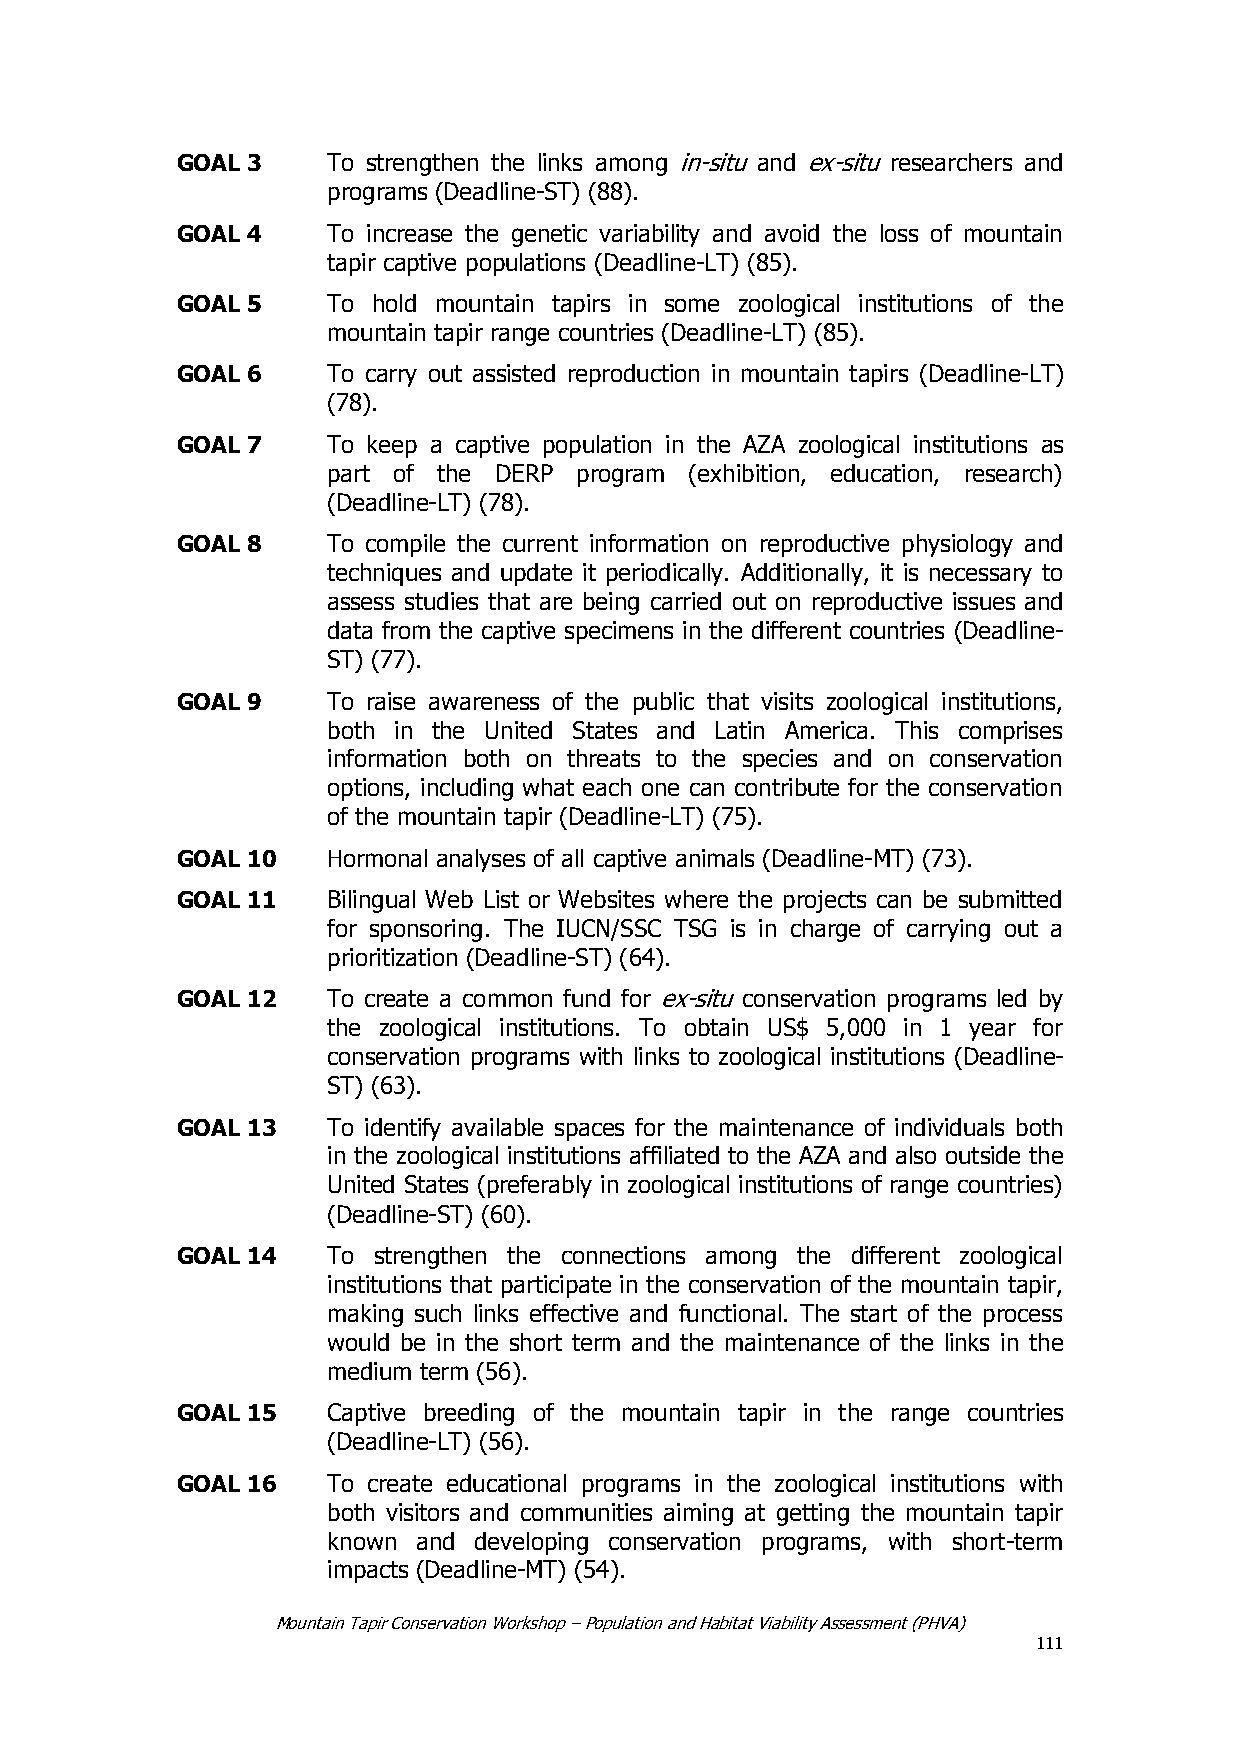
GOAL 3    To strengthen the links among in-situ and ex-situ researchers and
 programs (Deadline-ST) (88).
 GOAL 4    To increase the genetic variability and avoid the loss of mountain
 tapir captive populations (Deadline-LT) (85).
 GOAL 5    To hold mountain tapirs in some zoological institutions of the
 mountain tapir range countries (Deadline-LT) (85).
 GOAL 6    To carry out assisted reproduction in mountain tapirs (Deadline-LT)
 (78).
 GOAL 7    To keep a captive population in the AZA zoological institutions as
 part of the DERP program (exhibition, education, research)
 (Deadline-LT) (78).
 GOAL 8    To compile the current information on reproductive physiology and
 techniques and update it periodically. Additionally, it is necessary to
 assess studies that are being carried out on reproductive issues and
 data from the captive specimens in the different countries (Deadline-
 ST) (77).
 GOAL 9    To raise awareness of the public that visits zoological institutions,
 both in the United States and Latin America. This comprises
 information both on threats to the species and on conservation
 options, including what each one can contribute for the conservation
 of the mountain tapir (Deadline-LT) (75).
 GOAL 10   Hormonal analyses of all captive animals (Deadline-MT) (73).
 GOAL 11   Bilingual Web List or Websites where the projects can be submitted
 for sponsoring. The IUCN/SSC TSG is in charge of carrying out a
 prioritization (Deadline-ST) (64).
 GOAL 12   To create a common fund for ex-situ conservation programs led by
 the zoological institutions. To obtain US$ 5,000 in 1 year for
 conservation programs with links to zoological institutions (Deadline-
 ST) (63).
 GOAL 13   To identify available spaces for the maintenance of individuals both
 in the zoological institutions affiliated to the AZA and also outside the
 United States (preferably in zoological institutions of range countries)
 (Deadline-ST) (60).
 GOAL 14   To strengthen the connections among the different zoological
 institutions that participate in the conservation of the mountain tapir,
 making such links effective and functional. The start of the process
 would be in the short term and the maintenance of the links in the
 medium term (56).
 GOAL 15   Captive breeding of the mountain tapir in the range countries
 (Deadline-LT) (56).
 GOAL 16   To create educational programs in the zoological institutions with
 both visitors and communities aiming at getting the mountain tapir
 known and developing conservation programs, with short-term
 impacts (Deadline-MT) (54).
 Mountain Tapir Conservation Workshop – Population and Habitat Viability Assessment (PHVA)
 111